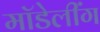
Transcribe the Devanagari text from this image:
मॉडेलींग